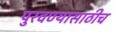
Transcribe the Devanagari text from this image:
पुरवण्यासाठीच